Indian journal of veterinary science and animal husbandry - Volumes 15-17, 1948-1951
Year: 1948
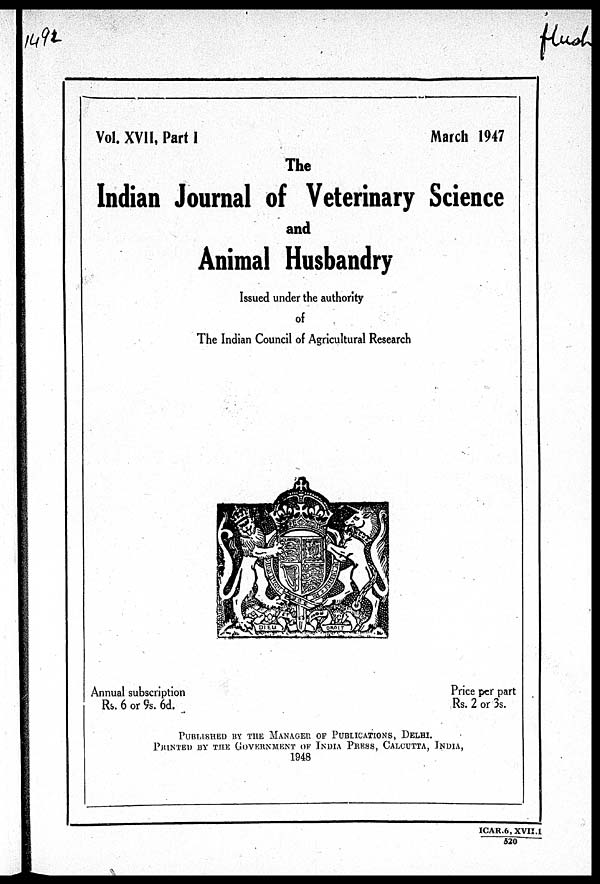
Vol. XVII, Part I
March 1947
The
Indian Journal of Veterinary Science
and
Animal Husbandry
Issued under the authority
of
The Indian Council of Agricultural Research
Annual subscription
Rs. 6 or 9s. 6d.
Price per part
Rs. 2 or 3s.
PUBLISHED BY THE MANAGER OF PUBLICATIONS, DELHI.
PRINTED BY THE GOVERNMENT OF INDIA PRESS, CALCUTTA
1948
ICAR.6, XVI I . 1 / 520